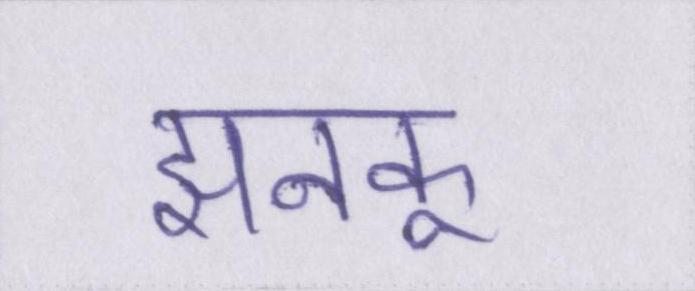
झनकू